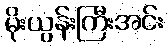
မိုးယွန်းကြီးအင်း